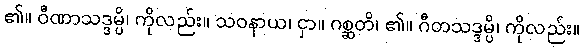
၏။ ဝီဏာသဒ္ဒမ္ပိ၊ ကိုလည်း။ သဝနာယ၊ ငှာ။ ဂစ္ဆတိ၊ ၏။ ဂီတသဒ္ဒမ္ပိ၊ ကိုလည်း။